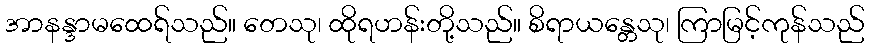
အာနန္ဒာမထေရ်သည်။ တေသု၊ ထိုရဟန်းတို့သည်။ စိရာယန္တေသု၊ ကြာမြင့်ကုန်သည်